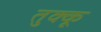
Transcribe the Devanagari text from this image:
तुक्कू